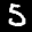
Label: 5